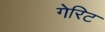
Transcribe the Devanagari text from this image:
गेरिट